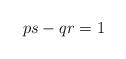
LaTeX: \begin{align*}ps-qr=1\end{align*}